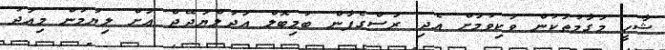
ޝާހީ މަގާމުތަކުން ވަކިވުމަށް އެދި ރަސްގެފާން ބުމިބޮލް އަދުލްޔަދޭޖް އަށް ލިޔުމުން މިއަދު